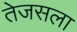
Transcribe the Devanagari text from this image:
तेजसला